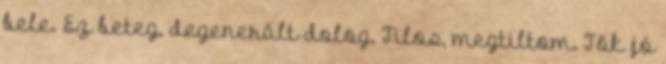
bele. Ez beteg, degenerált dolog. Tilos, megtiltom. Tök jó